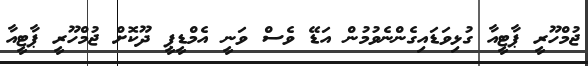
ޖުމްހޫރީ ޕާޓީއާ ގުޅިވަޑައިގެންނެވުމުން އަޑޭ ވެސް ވަނީ އެމްޑީޕީ ދޫކޮށް ޖުމްހޫރީ ޕާޓީއާ